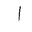
Letter: _alif